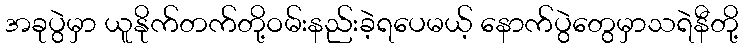
အခုပွဲမှာ ယူနိုက်တက်တို့ဝမ်းနည်းခဲ့ရပေမယ့် နောက်ပွဲတွေမှာသရဲနီတို့